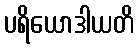
ပရိယောဒါယတိ